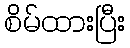
စိမ်ထားပြီး